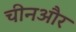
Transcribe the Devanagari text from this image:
चीनऔर